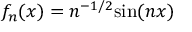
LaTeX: f _ { n } ( x ) = n ^ { - 1 / 2 } { \sin ( n x ) }